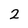
Character: 2